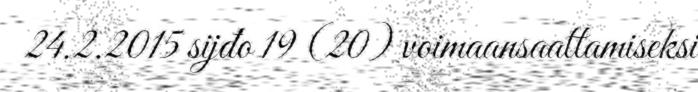
24.2.2015 sijđo 19 (20) voimaansaattamiseksi